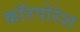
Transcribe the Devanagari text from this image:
कॉरपोरेश